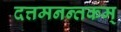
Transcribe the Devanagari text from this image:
दत्तमनन्तकम्